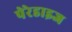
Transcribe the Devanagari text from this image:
पेरेडाइज